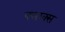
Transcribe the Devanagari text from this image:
फ्लाक्स